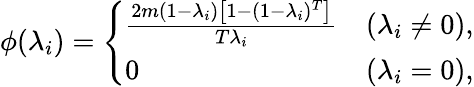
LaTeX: \begin{array}{r}{\phi(\lambda_{i})=\left\{ \begin{array}{ll}{\frac{2m(1-\lambda_{i})\left[1-(1-\lambda_{i})^{T}\right]}{T\lambda_{i}}}&{(\lambda_{i}\neq 0),}\\ {0}&{(\lambda_{i}=0),}\end{array}\right.}\end{array}